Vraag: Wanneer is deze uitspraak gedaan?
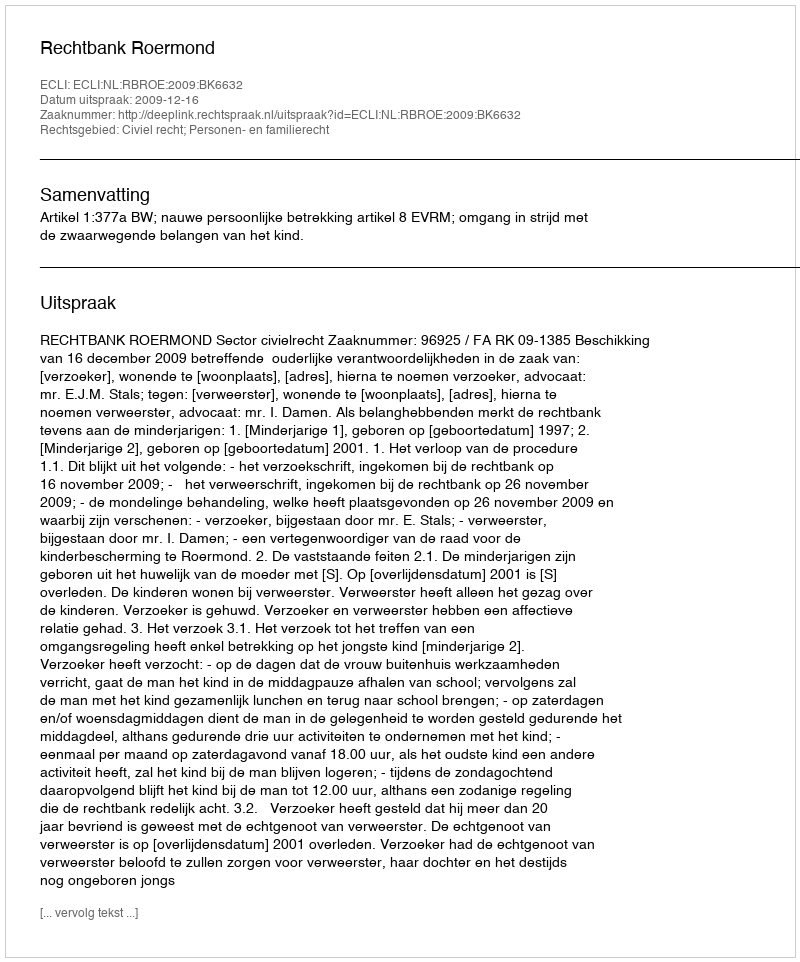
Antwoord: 2009-12-16